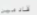
قادمين